Annual administration report of the Civil Veterinary Department, Ajmere-Merwara, British Rajputana - 1914-1940
Year: 1914
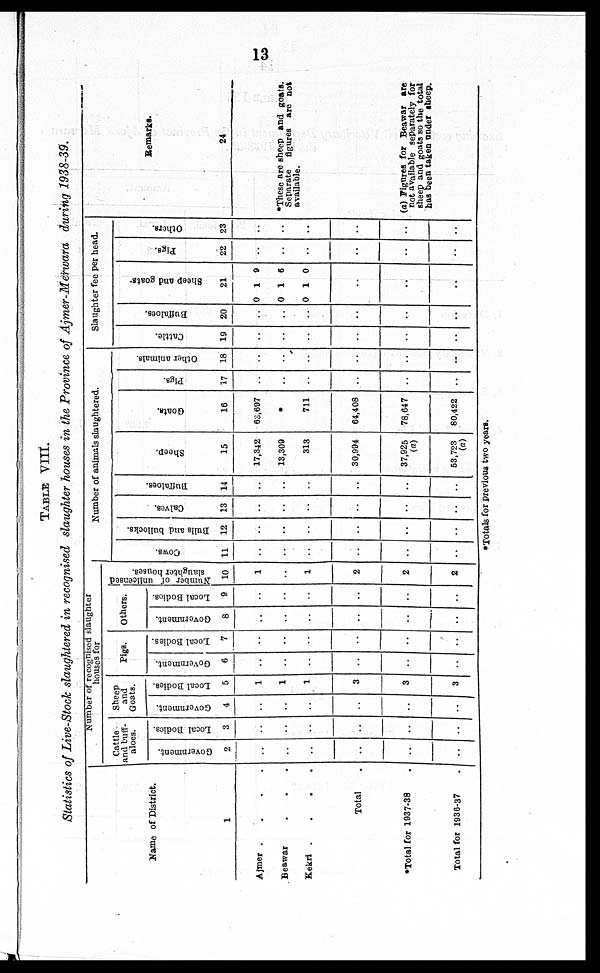
13
TABLE VIII.
Statistics of Live-Stock slaughtered in recognised slaughter houses in the Province of Ajmer-Merwara during 1938-39.
Name of District.
1
Ajmer
.
.
.
.
Beawar . . .
Kekri
.
.
.
.
Total .
*Total for 1937-38 .
Total for 1936-37 .
Number of recognised slaughter
houses for
Cattle
and buff-
aloes.
Government.
2
..
..
..
..
..
..
Local Bodies.
3
..
..
..
..
..
..
Sheep
and
Goats.
Government.
4
..
..
..
..
..
..
Local Bodies.
5
1
1
1
3
3
3
Pigs
Government.
6
..
..
..
..
..
..
Local Bodies.
7
..
..
..
..
..
..
Others.
Government.
8
..
..
..
..
..
..
Local Bodies.
9
..
..
..
..
..
..
Number of unlicensed
slaughter houses.
10
1
..
1
2
2
2
Number of animals slaughtered.
Cows.
11
..
..
..
..
..
..
Bulls and bullocks
12
..
..
..
..
..
..
Calves.
13
..
..
..
..
..
..
Buffaloes.
14
..
..
..
..
..
..
Sheep.
15
17,342
13,309
313
30,994
37,925
(a)
53,723
(a)
Goats.
16
63,697
.
711
64,408
78,647
80,422
Pigs.
17
..
..
..
..
..
..
Other animals.
18
..
..
..
..
..
..
Slaughter fee per head.
Cattle.
19
..
..
..
..
..
..
Buffaloes.
20
..
..
..
..
..
..
Sheep and goats
21
0
0
0
1
1
1
9
6
0
..
..
..
Pigs.
22
..
..
..
..
..
..
Others.
23
..
..
..
..
..
..
Remarks.
24
*These are sheep and goats.
Separate figures are not
available.
(a) Figures for Beawar are
not available separately for
sheep and goats so the total
*Totals for previous two years.